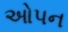
ઓપન